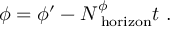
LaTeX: \phi = \phi ^ { \prime } - N _ { \mathrm { \tiny ~ h o r i z o n } } ^ { \phi } t \ .